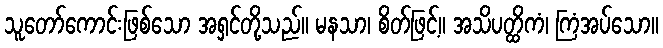
သူတော်ကောင်းဖြစ်သော အရှင်တို့သည်။ မနသာ၊ စိတ်ဖြင့်။ အသိပတ္ထိကံ၊ ကြံအပ်သော။